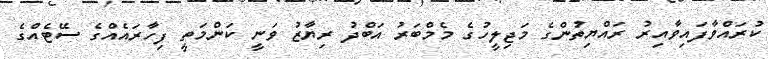
ކުރައްވާފައިވާއިރު ރައްޔިތުންގެ މަޖިލީހުގެ މެމްބަރު އަބްދު ރިޔާޒު ވަނީ ކަންމަތީ ފިހާރައެއްގެ ސޭޓެއްގެ